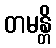
တမန္တိ